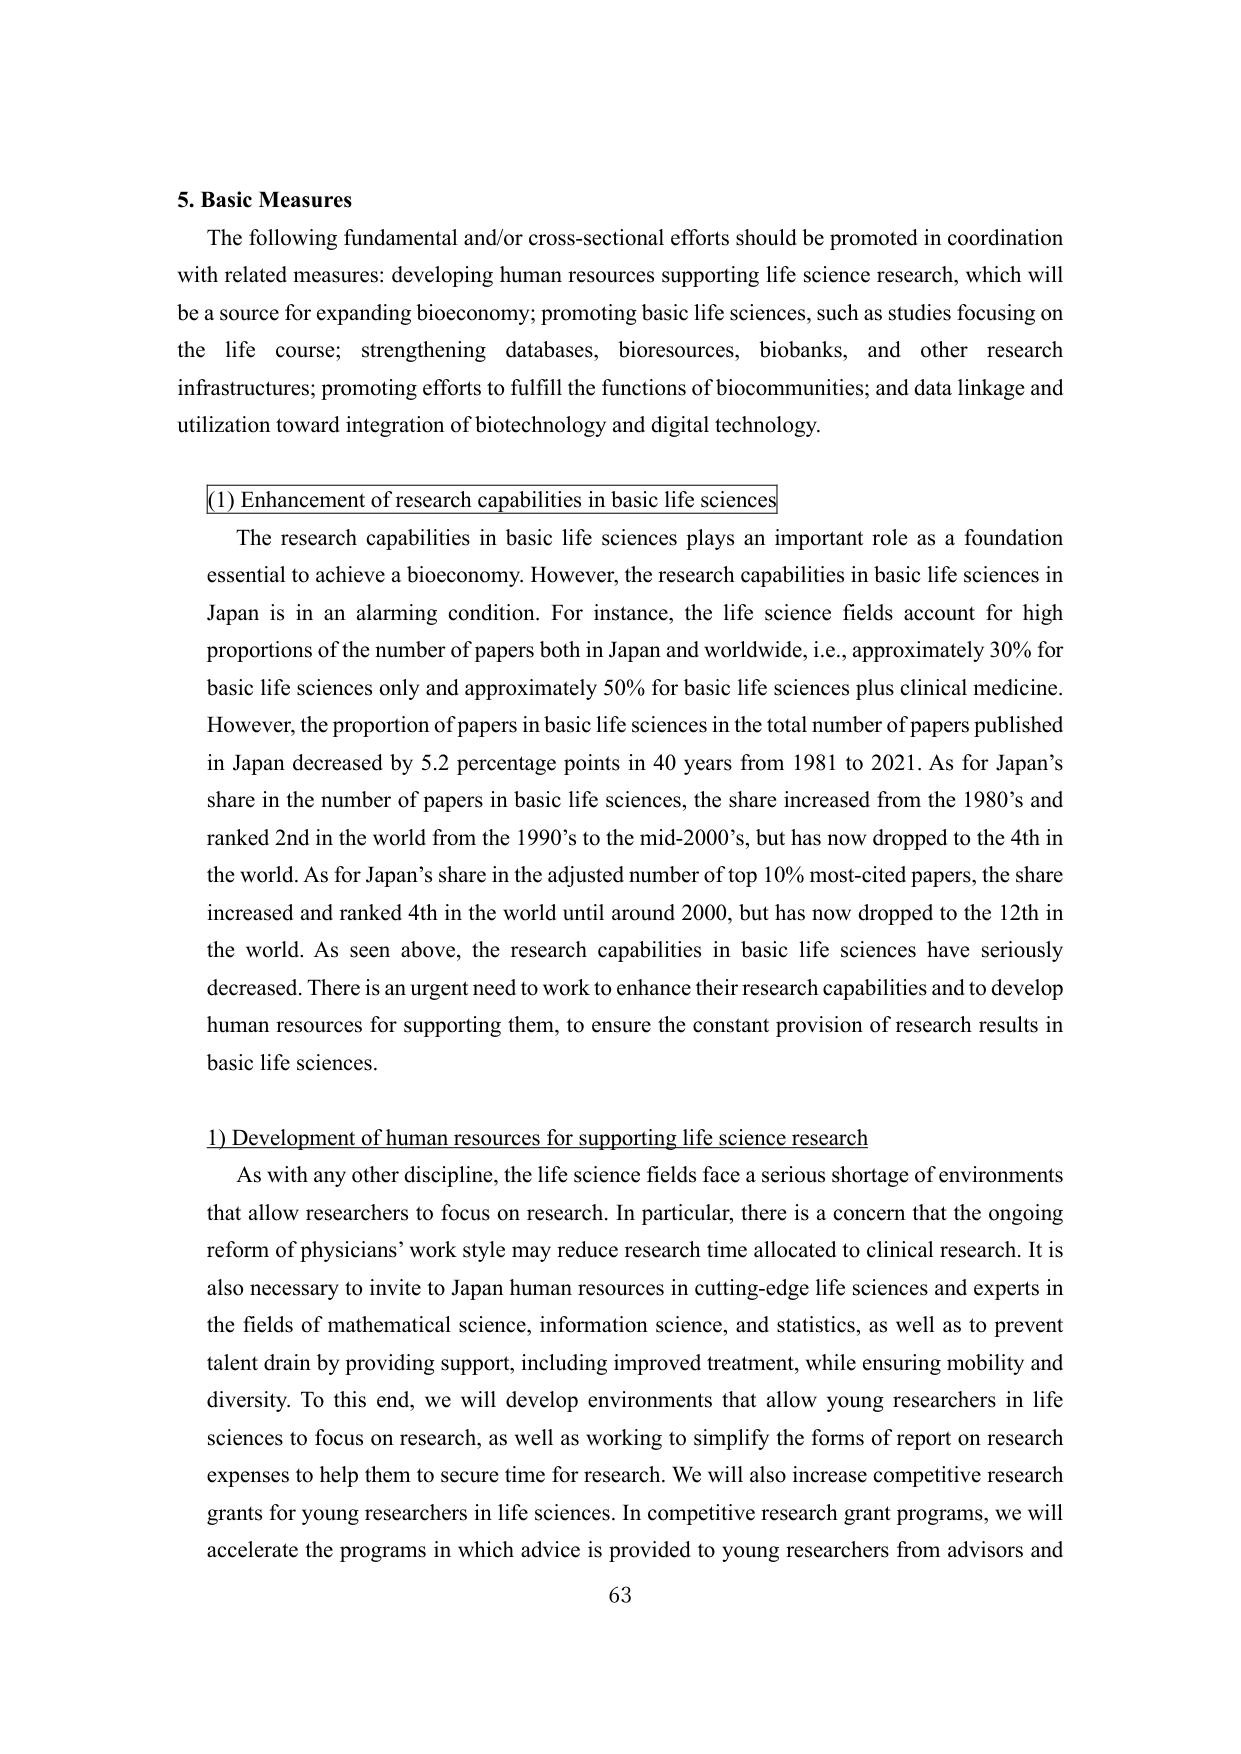
5. Basic Measures

The following fundamental and/or cross-sectional efforts should be promoted in coordination with related measures: developing human resources supporting life science research, which will be a source for expanding bioeconomy; promoting basic life sciences, such as studies focusing on the life course; strengthening databases, bioresources, biobanks, and other research infrastructures; promoting efforts to fulfill the functions of biocommunities; and data linkage and utilization toward integration of biotechnology and digital technology.

(1) Enhancement of research capabilities in basic life sciences

The research capabilities in basic life sciences plays an important role as a foundation essential to achieve a bioeconomy. However, the research capabilities in basic life sciences in Japan is in an alarming condition. For instance, the life science fields account for high proportions of the number of papers both in Japan and worldwide, i.e., approximately 30% for basic life sciences only and approximately 50% for basic life sciences plus clinical medicine. However, the proportion of papers in basic life sciences in the total number of papers published in Japan decreased by 5.2 percentage points in 40 years from 1981 to 2021. As for Japan’s share in the number of papers in basic life sciences, the share increased from the 1980’s and ranked 2nd in the world from the 1990’s to the mid-2000’s, but has now dropped to the 4th in the world. As for Japan’s share in the adjusted number of top 10% most-cited papers, the share increased and ranked 4th in the world until around 2000, but has now dropped to the 12th in the world. As seen above, the research capabilities in basic life sciences have seriously decreased. There is an urgent need to work to enhance their research capabilities and to develop human resources for supporting them, to ensure the constant provision of research results in basic life sciences.

1) Development of human resources for supporting life science research

As with any other discipline, the life science fields face a serious shortage of environments that allow researchers to focus on research. In particular, there is a concern that the ongoing reform of physicians’ work style may reduce research time allocated to clinical research. It is also necessary to invite to Japan human resources in cutting-edge life sciences and experts in the fields of mathematical science, information science, and statistics, as well as to prevent talent drain by providing support, including improved treatment, while ensuring mobility and diversity. To this end, we will develop environments that allow young researchers in life sciences to focus on research, as well as working to simplify the forms of report on research expenses to help them to secure time for research. We will also increase competitive research grants for young researchers in life sciences. In competitive research grant programs, we will accelerate the programs in which advice is provided to young researchers from advisors and

63